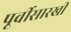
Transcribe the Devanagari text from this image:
पूर्वीसारखी